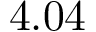
4 . 0 4